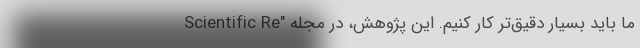
ما باید بسیار دقیق‌تر کار کنیم. این پژوهش، در مجله "Scientific Re